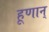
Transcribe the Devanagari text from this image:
हूणान्‌